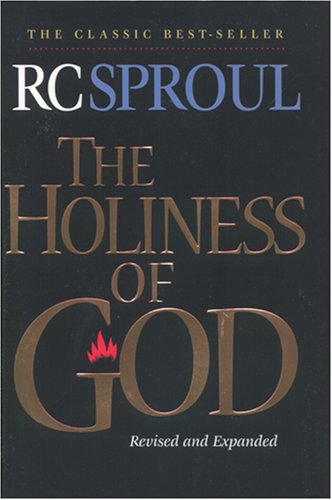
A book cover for The Holiness of God (Revision); R. C. Sproul; Christian Books & Bibles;